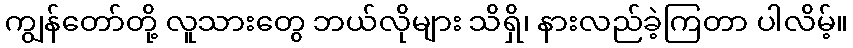
ကျွန်တော်တို့ လူသားတွေ ဘယ်လိုများ သိရှိ၊ နားလည်ခဲ့ကြတာ ပါလိမ့်။